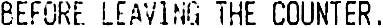
BEFORE LEAVING THE COUNTER .